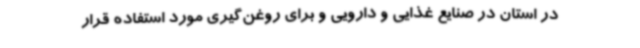
در استان در صنایع غذایی و دارویی و برای روغن‌گیری مورد استفاده قرار